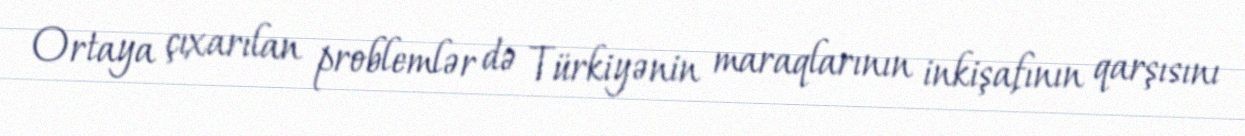
Ortaya çıxarılan problemlər də Türkiyənin maraqlarının inkişafının qarşısını